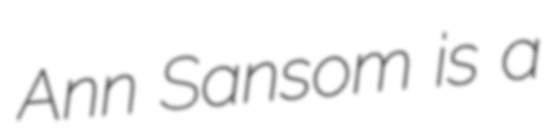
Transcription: Ann Sansom is a